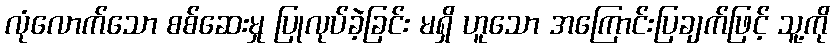
လုံလောက်သော စစ်ဆေးမှု ပြုလုပ်ခဲ့ခြင်း မရှိ ဟူသော အကြောင်းပြချက်ဖြင့် သူ့ကို